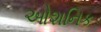
ઓશનિક